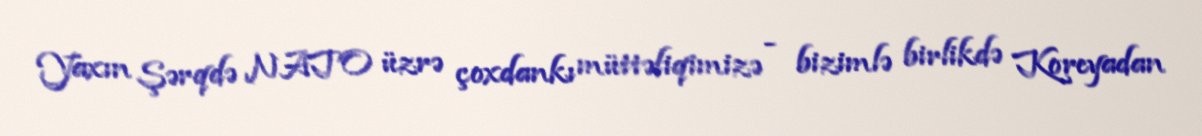
Yaxın Şərqdə NATO üzrə çoxdankı müttəfiqimizə - bizimlə birlikdə Koreyadan